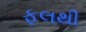
ફૂલથી